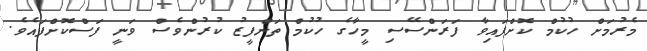
މެރުމަށް ހުކުމް ކޮށްފައިވާ ފަރަންސޭސި މީހާގެ ހުކުމް ތަންފީޒު ކުރުންވެސް ވަނީ ފަސްކޮށްފައެވެ.